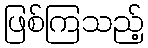
ဖြစ်ကြသည့်